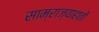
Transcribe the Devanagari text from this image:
साम्राज्याहाती